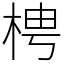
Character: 梬